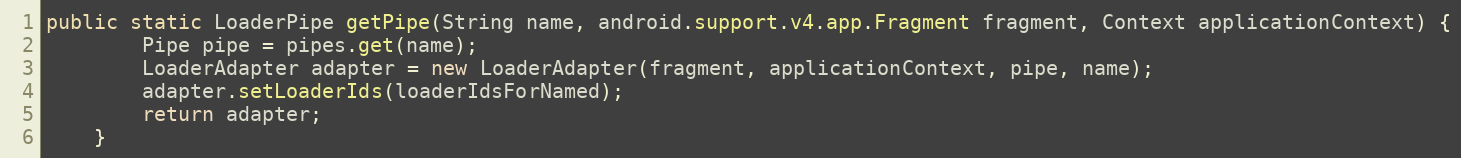
Language: Java
public static LoaderPipe getPipe(String name, android.support.v4.app.Fragment fragment, Context applicationContext) {
        Pipe pipe = pipes.get(name);
        LoaderAdapter adapter = new LoaderAdapter(fragment, applicationContext, pipe, name);
        adapter.setLoaderIds(loaderIdsForNamed);
        return adapter;
    }